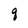
Character: q